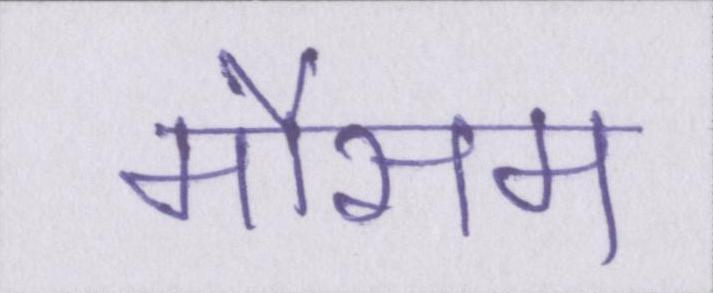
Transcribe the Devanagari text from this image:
मौसम